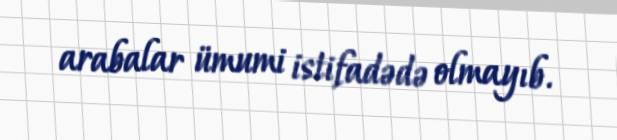
arabalar ümumi istifadədə olmayıb.